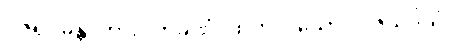
ဝဇိရုပမန္တိ၊ ကား။ တိခဏံ၊ ထက်လှသော။ ဝဇိသဒိသံ၊